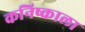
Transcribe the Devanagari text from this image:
कनिष्काला